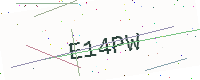
Text: E14PW